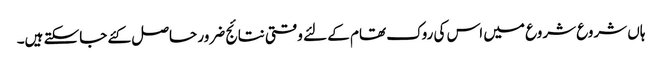
ہاں شروع شروع میں اس کی روک تھام کے لئے وقتی نتائج ضرور حاصل کئے جاسکتے ہیں۔